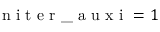
\mathrm { ~ n ~ i ~ t ~ e ~ r ~ \_ ~ a ~ u ~ x ~ i ~ } = 1